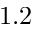
1 . 2